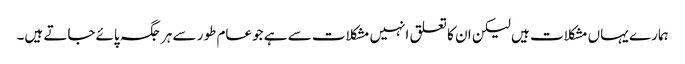
ہمارے یہاں مشکلات ہیں لیکن ان کا تعلق انہیں مشکلات سے ہے جوعام طور سے ہر جگہ پائےجاتے ہیں۔